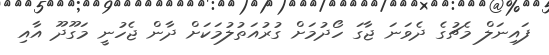
ފައިނަލް މެޗުގެ ދެވަނަ ޖާގަ ހޯދުމަށް ގުރުއަތުލުމަކަށް ދާން ޖެހުނީ މަގޫދޫ އާއި